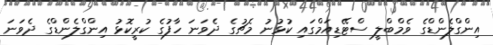
އިންގްލެންޑްގެ ވެމްބްލީ ސްޓޭޑިއަމްގައި ކުޅުނު މެޗުގެ ދެވަނަ ހާފުގެ ކުރީކޮޅު އިންގްލެންޑްގެ ދެވަނަ